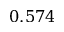
0 . 5 7 4